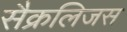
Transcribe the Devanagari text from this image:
सैक्रलिजस